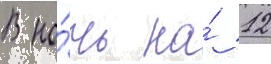
В но́чь на́ 12